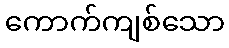
ကောက်ကျစ်သော